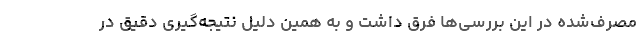
مصرف‌شده در این بررسی‌ها فرق داشت و به همین دلیل نتیجه‌گیری دقیق در